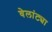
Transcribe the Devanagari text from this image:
वेलांट्या